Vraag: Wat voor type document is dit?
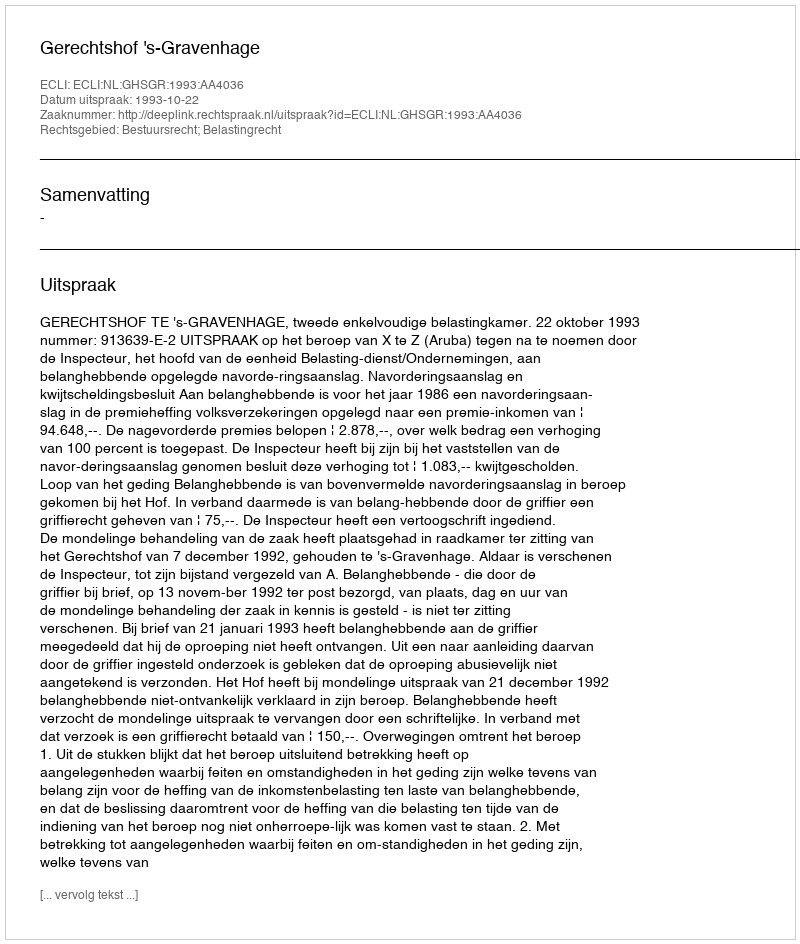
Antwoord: Uitspraak